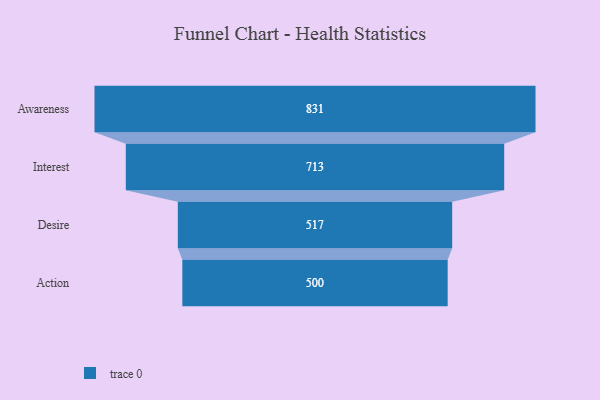
{"axis": {"x": "Stage", "y": "Value"}, "legend": [""], "data": [{"x": "Awareness", "y": 831.0, "type": ""}, {"x": "Interest", "y": 713.0, "type": ""}, {"x": "Desire", "y": 517.0, "type": ""}, {"x": "Action", "y": 500, "type": ""}]}